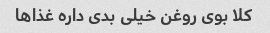
کلا بوی روغن خیلی بدی داره غذاها